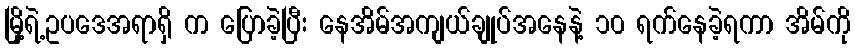
မြို့ရဲ့ဥပဒေအရာရှိ က ပြောခဲ့ပြီး နေအိမ်အကျယ်ချုပ်အနေနဲ့ ၁၀ ရက်နေခဲ့ရကာ အိမ်ကို